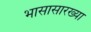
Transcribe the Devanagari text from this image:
भासासारख्या